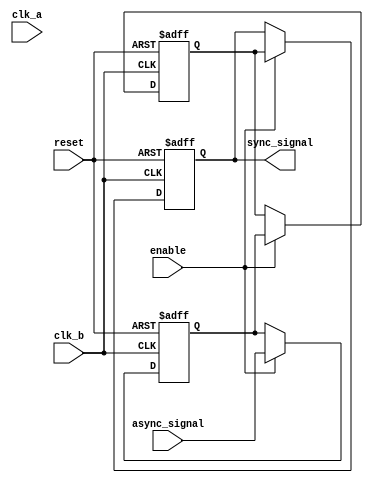
module signal_level_crossing_synchronizer (
    input wire async_signal,  // Input signal from source clock domain
    input wire clk_a,         // Source clock
    input wire clk_b,         // Destination clock
    input wire reset,         // Optional reset signal
    input wire enable,        // Optional enable signal
    output reg sync_signal     // Synchronized output signal
);

    // Internal registers for the two-stage DFFs
    reg dff1_out;
    reg dff2_out;

    // Synchronization logic
    always @(posedge clk_b or posedge reset) begin
        if (reset) begin
            dff1_out <= 1'b0; // Initialize to known state on reset
            dff2_out <= 1'b0; // Initialize to known state on reset
        end else if (enable) begin
            dff1_out <= async_signal; // Sample async_signal on clk_b
            dff2_out <= dff1_out;      // Feed output of first DFF to second DFF
        end
    end

    // Output signal assignment
    always @(posedge clk_b or posedge reset) begin
        if (reset) begin
            sync_signal <= 1'b0; // Initialize to known state on reset
        end else if (enable) begin
            sync_signal <= dff2_out; // Output from the second DFF
        end
    end

endmodule